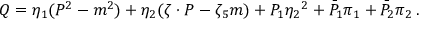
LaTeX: Q = \eta _ { 1 } ( P ^ { 2 } - m ^ { 2 } ) + \eta _ { 2 } ( \zeta \cdot P - \zeta _ { 5 } m ) + { \cal P } _ { 1 } { \eta _ { 2 } } ^ { 2 } + { \bar { \cal P } } _ { 1 } \pi _ { 1 } + { \bar { \cal P } } _ { 2 } \pi _ { 2 } \, .